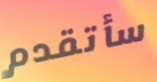
سأتقدم